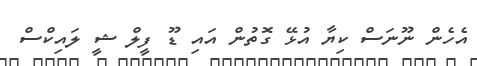
އެހެން ނޫނަސް ކިޔާ އުޅޭ ގޮތުން އައި ޑޫ ފީލް ޝީ ލައިކްސް